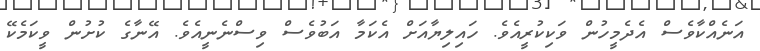
އަނެއްކާވެސް އެދެމީހުން ވަކިކުރީއެވެ. ހައިލިޔާއަށް އެކަމާ އަބުވެސް ވިސްނެނީއެވެ. އޭނާގެ ކުށުން ވީކަމެކޭ